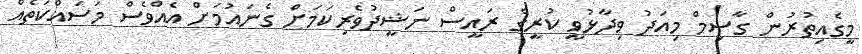
މީގެއިތުރުން ގާސިމް މިއަދު ވިދާޅުވީ ކުރީގެ ރައީސް ނަޝީދުވެރިކަމަށް ގެނައުމަށް އެއްވެސް މަސައްކަތެއް